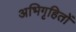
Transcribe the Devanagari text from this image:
अभिगृहितों